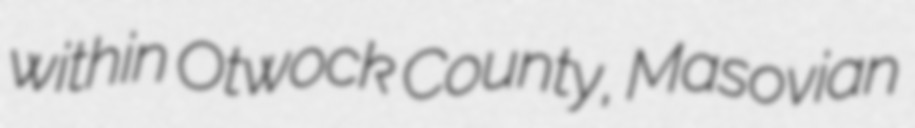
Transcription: within Otwock County, Masovian